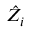
\hat { Z _ { i } }